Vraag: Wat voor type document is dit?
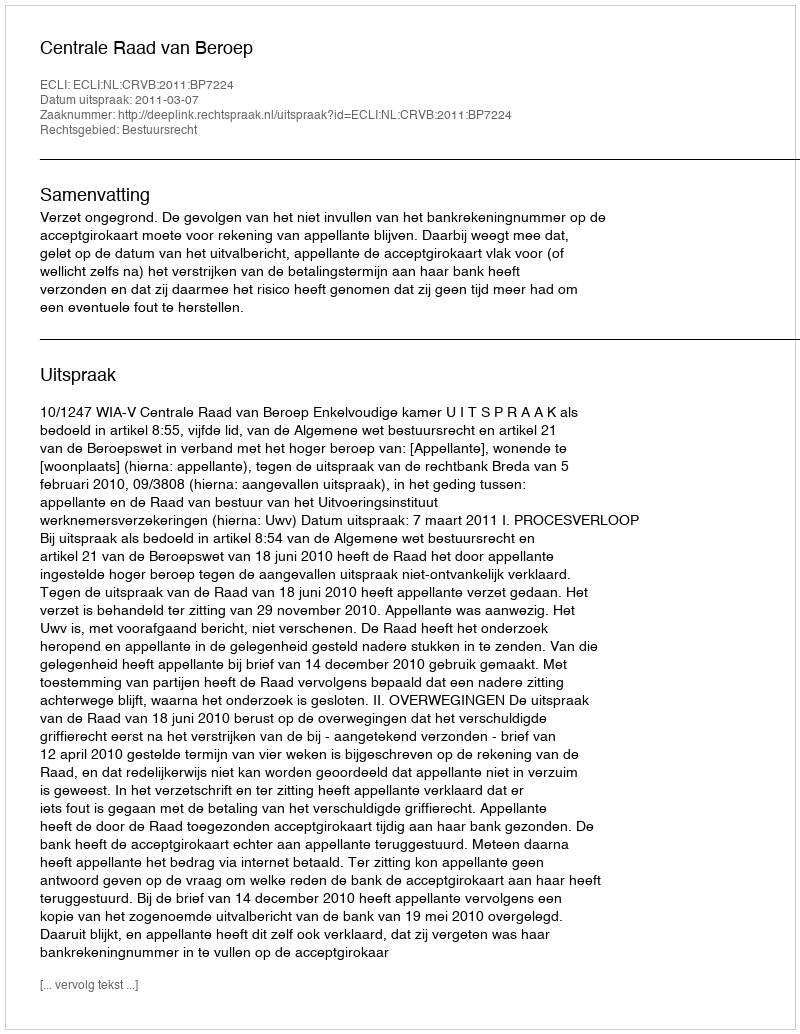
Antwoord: Uitspraak